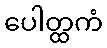
ပေါတ္ထကံ